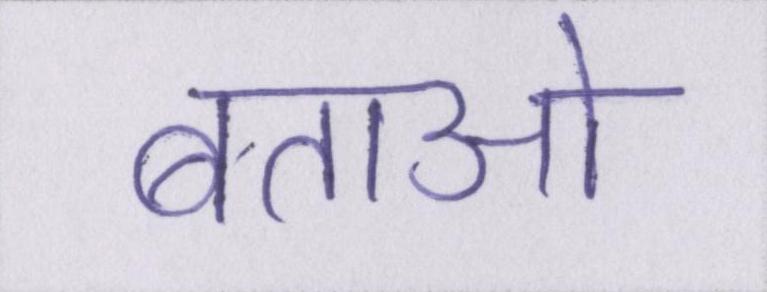
बताओ